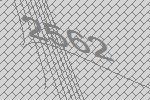
2562